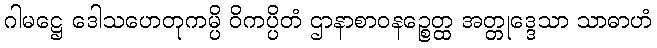
ဂါမဋ္ဌေ ဒေါသဟေတုကမ္ပိ ဝိကပ္ပိတံ ဌာနာစာဝနဉ္စေတ္ထ အတ္တုဒ္ဒေသာ သာဓာဟံ